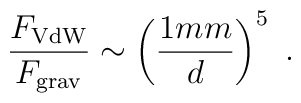
{F_{\rm VdW}\over F_{\rm grav}} \sim \left( {1 { mm}\over d} \right)^5 \ .